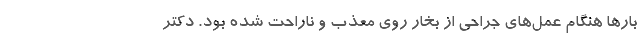
بارها هنگام عمل‌های جراحی از بخار روی معذب و ناراحت شده بود. دکتر